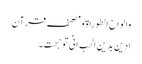
والواح الطوراۃ ومصحف قرآن
ادین بدین الحب انی توجھت ۔